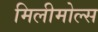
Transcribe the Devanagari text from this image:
मिलीमोल्स